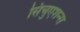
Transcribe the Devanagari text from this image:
सिचुएशन्स